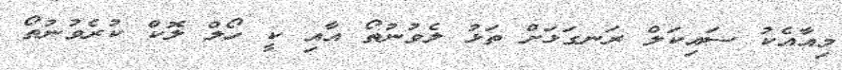
މިއާއެކު ސައިކަލް ރަނގަޅަށް ތަޅު ލެވުނުތޯ އާއި ކީ ހޯލް ލޮކް ކުރެވުނުތޯ